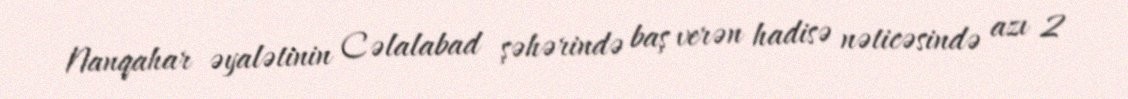
Nanqahar əyalətinin Cəlalabad şəhərində baş verən hadisə nəticəsində azı 2